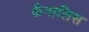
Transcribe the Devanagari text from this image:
कैनालिस